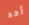
أحد